Civil Veterinary Dept. Bombay admin report 1932-41 - 1932-1941
Year: 1932
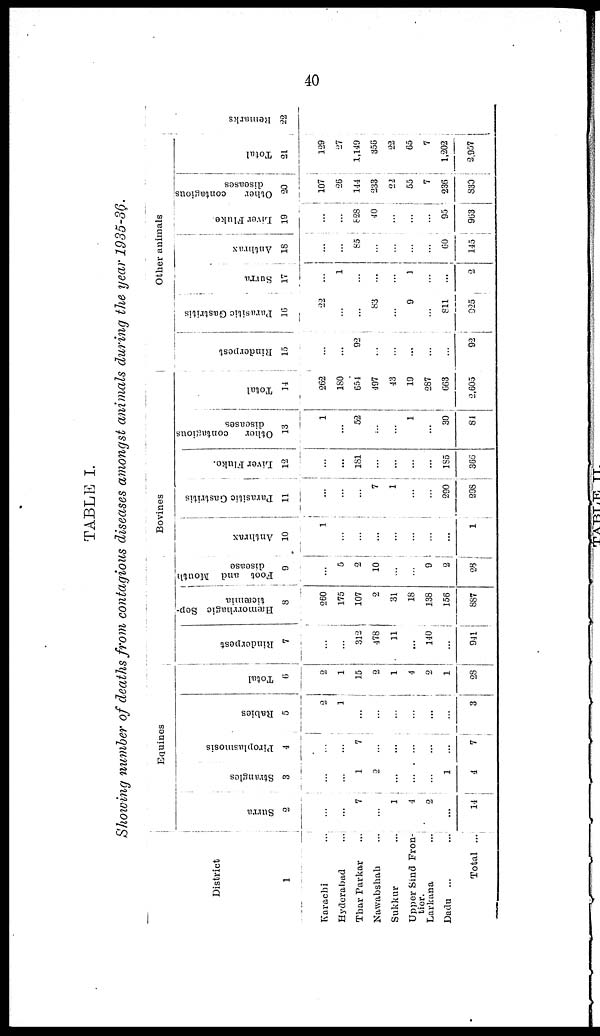
40
TABLE I.
Showing number of deaths from contagious diseases amongst animals during the year 1935-36.
District
1
Karachi ...
Hyderabad ...
Thar Parkar ...
Nawabshah ...
Sukkur ...
Upper Sind Fron-
tier.
Larkana ...
Dadu ...
Total ...
Equines
Surra
2
...
...
7
...
1
4
2
...
14
Strangles
3
...
...
1
2
...
...
...
1
4
Piroplasmosis
4
...
...
7
...
...
...
...
...
7
Rabies
5
2
1
...
...
...
...
...
...
3
Total
6
2
1
15
2
1
4
2
1
28
Bovines
Rinderpest
7
...
...
312
478
11
...
140
...
941
Hæmorrhagic Sep-
ticæmia
8
260
175
107
2
31
18
138
156
887
Foot and Mouth
disease
9
...
5
2
10
...
...
9
2
28
Anthrax
10
1
...
...
...
...
...
...
...
1
Parasitic Gastritis
11
...
...
...
7
1
...
...
290
298
Liver Fluke.
12
...
...
181
...
...
...
...
185
366
Other contagious
diseases
13
1
...
52
...
...
1
...
30
84
Total
14
262
180
654
497
43
19
287
663
2,605
Other animals
Rinderpest
15
...
...
92
...
...
...
...
...
92
Parasitic Gastritis
16
22
...
...
83
...
9
...
811
925
Surra
17
...
1
...
...
...
1
...
...
2
Anthrax
18
...
...
85
...
...
...
...
60
145
Liver Fluke.
19
...
...
828
40
...
...
...
95
963
Other
contagious
diseases
20
107
26
144
233
22
55
7
236
830
Total
21
129
27
1,149
356
22
65
7
1,202
2,957
Re ma r
k s
22